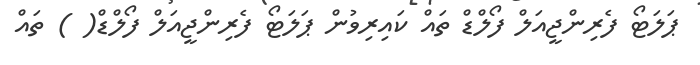
ޕަލަޓޯ ފެރިންޖީއަލް ފޯލްޑް ތައް ކައިރިވުން ޕަލަޓޯ ފެރިންޖީއަލް ފޯލްޑް( ) ތައް